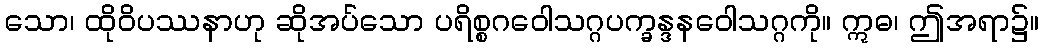
သော၊ ထိုဝိပဿနာဟု ဆိုအပ်သော ပရိစ္စဂဝေါသဂ္ဂပက္ခန္ဒနဝေါသဂ္ဂကို။ ဣဓ၊ ဤအရာ၌။